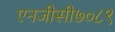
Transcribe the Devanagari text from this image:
एनजीसी७०८९